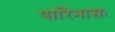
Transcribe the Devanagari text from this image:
पारिभासः